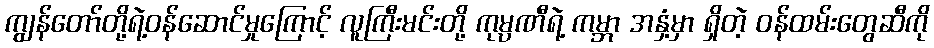
ကျွန်တော်တို့ရဲ့ဝန်ဆောင်မှုကြောင့် လူကြီးမင်းတို့ ကုမ္ပဏီရဲ့ ကမ္ဘာ အနှံ့မှာ ရှိတဲ့ ဝန်ထမ်းတွေဆီကို